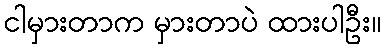
ငါမှားတာက မှားတာပဲ ထားပါဦး။